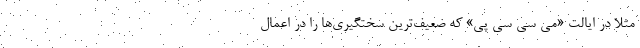
مثلاً در ایالت «می سی سی پی» که ضعیف‌ترین سختگیری‌ها را در اعمال